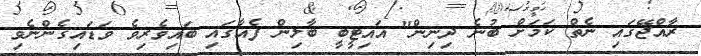
ރާއްޖޭގައި ނެތް ކަމަށް ބުނެ ދިނިން" އައިޓީބީ ބާލިން ފެއާގައި ބައިވެރިވެ ވަޑައިގެންނެވި